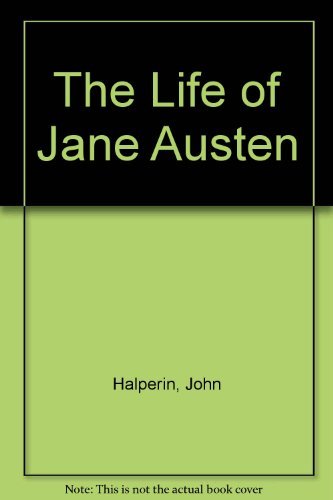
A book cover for The Life of Jane Austen; JOHN HALPERIN; Literature & Fiction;